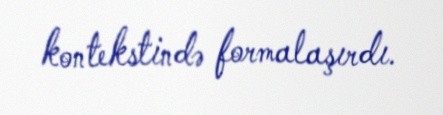
kontekstində formalaşırdı.